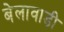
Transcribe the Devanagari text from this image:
बेलावाड़ी